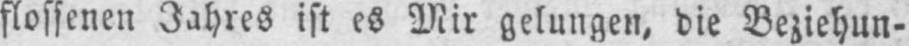
flossenen Jahres ist es Mir gelungen, die Beziehun-